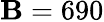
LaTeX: \mathbf{B}=690